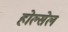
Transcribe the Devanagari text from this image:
होल्सेल